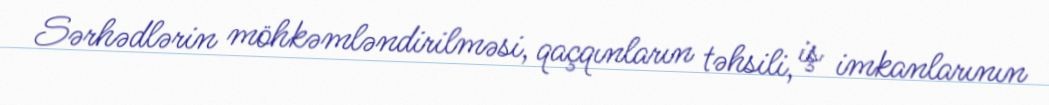
Sərhədlərin möhkəmləndirilməsi, qaçqınların təhsili, iş imkanlarının